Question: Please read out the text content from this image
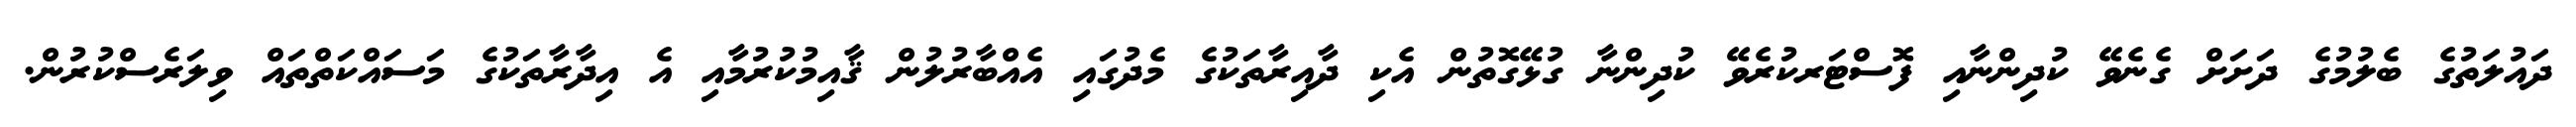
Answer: ދައުލަތުގެ ބެލުމުގެ ދަށަށް ގެނެވޭ ކުދިންނާއި ފޮސްޓަރކުރެވޭ ކުދިންނާ ގުޅޭގޮތުން އެކި ދާއިރާތަކުގެ މެދުގައި އެއްބާރުލުން ޤާއިމުކުރުމާއި އެ އިދާރާތަކުގެ މަސައްކަތްތައް ވިލަރެސްކުރުން.